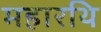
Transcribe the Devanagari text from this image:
महारथि